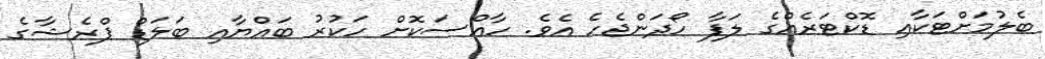
ބެލުމަށްޓަކާއި ޑޮކްޓަރެއްގެ ލަފާ ހޯދަންޖެހެ އެވެ. ހާއްސަކޮށް ހަކުރު ބައްޔާއި ބަލަޑް ޕްރެޝާގެ